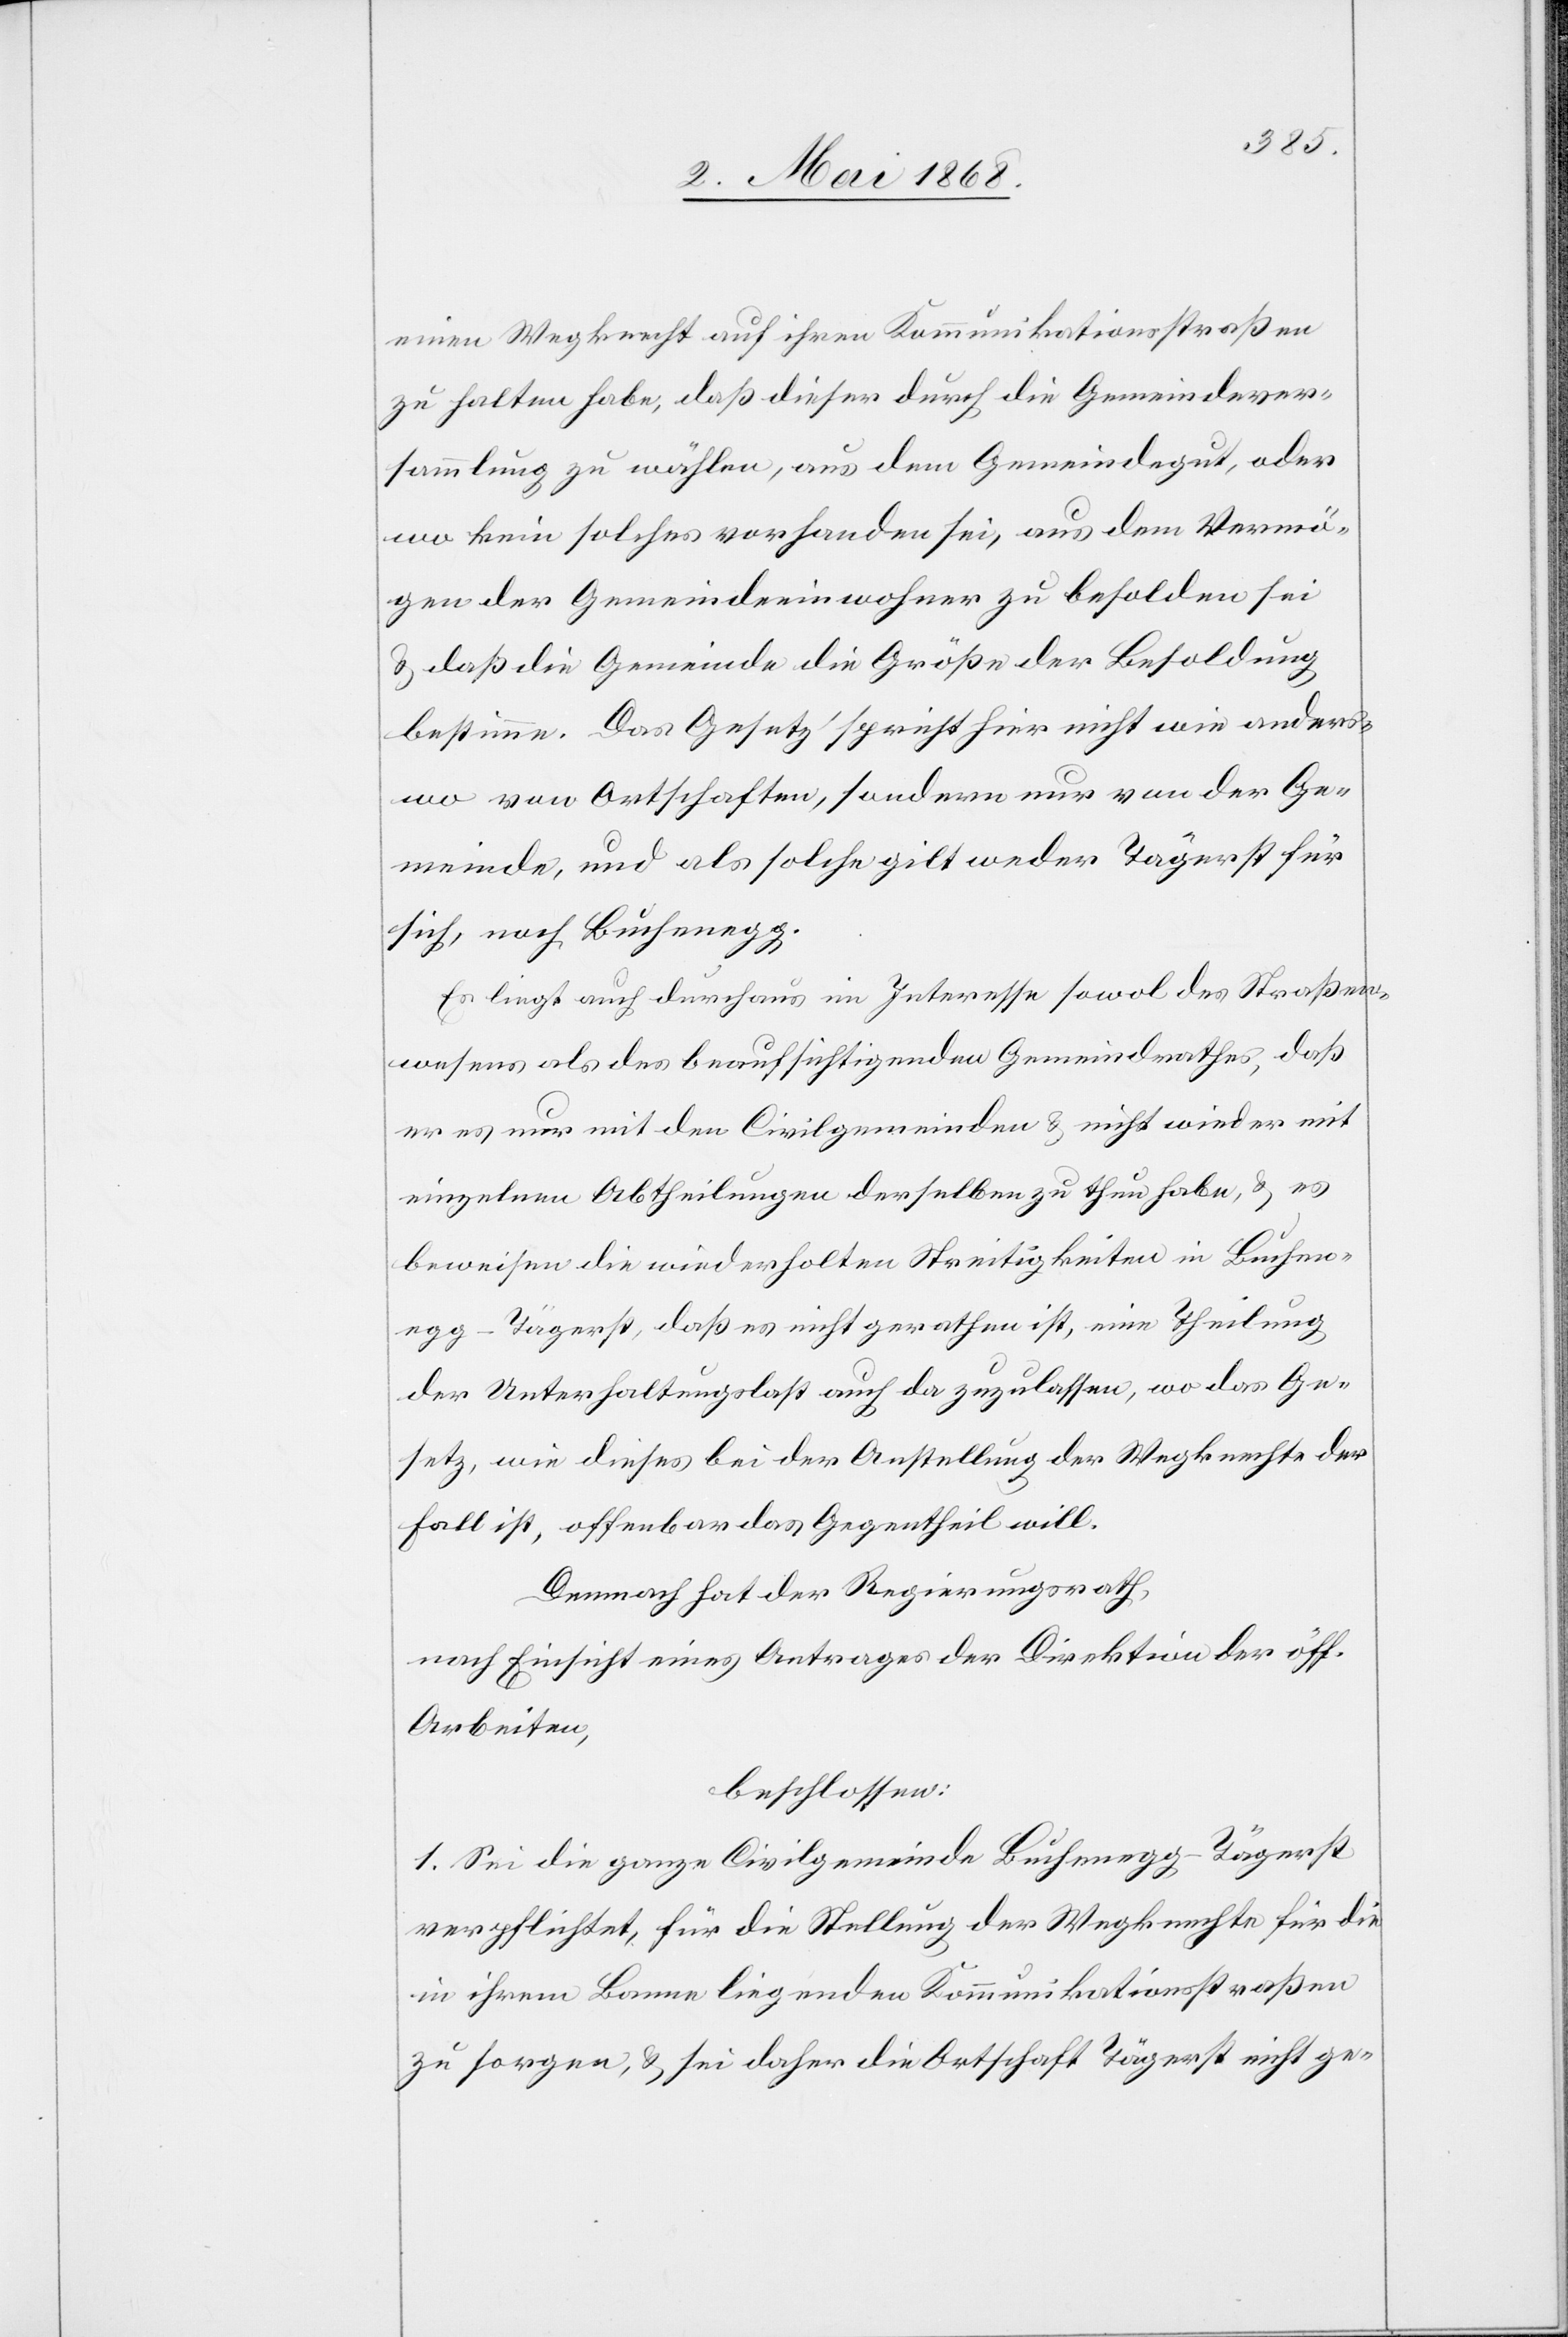
einen Wegknecht auf ihren Kommunikationsstraßen
zu halten habe, daß dieser durch die Gemeindever¬
sammlung zu wählen, aus dem Gemeindegut, oder
wo kein solches vorhanden sei, aus dem Vermö¬
gen der Gemeindeeinwohner zu besolden sei
& daß die Gemeinde die Größe der Besoldung
bestimme. Das Gesetz spricht hier nicht wie anders¬
wo von Ortschaften, sondern nur von der Ge¬
meinde, und als solche gilt weder Tägerst für
sich, noch Buchenegg.
Es liegt auch durchaus im Interesse sowol des Straßen¬
wesens als des beaufsichtigenden Gemeindrathes, daß
er es nur mit den Civilgemeinden & nicht wieder mit
einzelnen Abtheilungen derselben zu thun habe, & es
beweisen die wiederholten Streitigkeiten in Buchen¬
egg-Tägerst, daß es nicht gerathen ist, eine Theilung
der Unterhaltungslast auch da zuzulassen, wo das Ge¬
setz, wie dieses bei der Anstellung der Wegknechte der
Fall ist, offenbar das Gegentheil will.
Demnach hat der Regierungsrath,
nach Einsicht eines Antrages der Direktion der öff.
Arbeiten,
beschlossen:
1. Sei die ganze Civilgemeinde Buchenegg-Tägerst
verpflichtet, für die Stellung der Wegknechte für die
in ihrem Banne liegenden Kommunikationsstraßen
zu sorgen, & sei daher die Ortschaft Tägerst nicht ge-